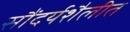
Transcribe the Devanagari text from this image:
सौंदर्यशैलीत